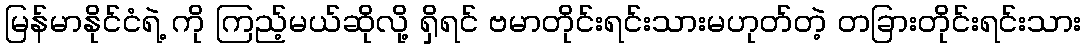
မြန်မာနိုင်ငံရဲ့ ကို ကြည့်မယ်ဆိုလို့ ရှိရင် ဗမာတိုင်းရင်းသားမဟုတ်တဲ့ တခြားတိုင်းရင်းသား